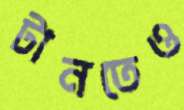
টানতেও